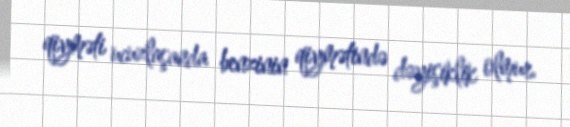
qiyməti ucuzlaşanda benzinin qiymətində dəyişiklik olmur.